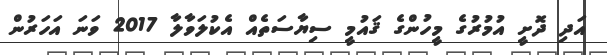
އަދި ދޮށީ އުމުރުގެ މީހުންގެ ޤައުމީ ސިޔާސަތެއް އެކުލަވާލާ 2017 ވަނަ އަހަރުން